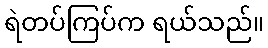
ရဲတပ်ကြပ်က ရယ်သည်။